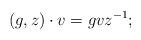
LaTeX: \begin{align*} (g_{},z_{})\cdot v = gvz^{-1};\end{align*}